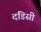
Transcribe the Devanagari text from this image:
दंडिसी